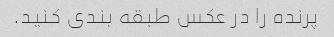
پرنده را در عکس طبقه بندی کنید.